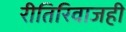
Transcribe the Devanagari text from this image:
रीतिरिवाजही